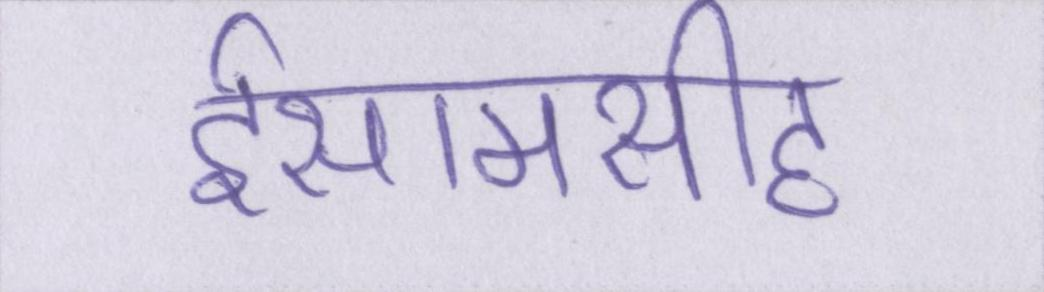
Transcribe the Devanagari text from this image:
ईसामसीह